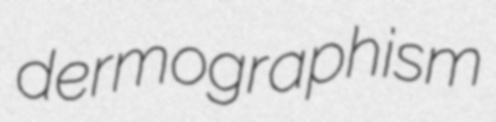
dermographism